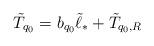
LaTeX: \begin{align*} \tilde{T}_{q_0}=b_{q_0}\tilde{\ell}_*+\tilde{T}_{q_0,R} \end{align*}